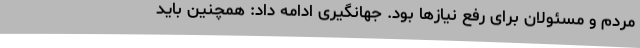
مردم و مسئولان برای رفع نیازها بود. جهانگیری ادامه داد: همچنین باید